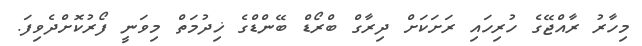
މިހާރު ރާއްޖޭގެ ހުރިހައި ރަށަކަށް ދިރާގް ބްރޯޑް ބޭންޑްގެ ޚިދުމަތް މިވަނީ ފޯރުކޮށްދެވިފަ.